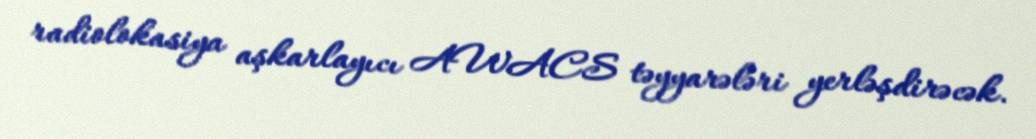
radiolokasiya aşkarlayıcı AWACS təyyarələri yerləşdirəcək.